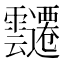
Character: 𮧀